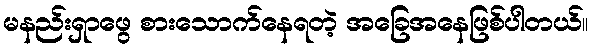
မနည်းရှာဖွေ စားသောက်နေရတဲ့ အခြေအနေဖြစ်ပါတယ်။